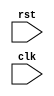
module reset_block (
    input wire rst,
    input wire clk,
    // other input/output ports
);

reg internal_state;

always @(posedge rst) begin
    // code to execute on positive edge of reset signal
    internal_state <= 0; 
    // update internal state as needed
end

// other code for the module

endmodule